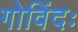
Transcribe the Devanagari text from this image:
गोविंदः